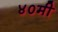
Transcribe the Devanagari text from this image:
४०मी